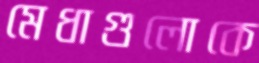
মেধাগুলোকে